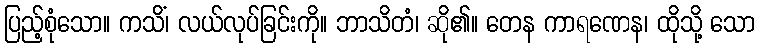
ပြည့်စုံသော။ ကသိံ၊ လယ်လုပ်ခြင်းကို။ ဘာသိတံ၊ ဆို၏။ တေန ကာရဏေန၊ ထိုသို့ သော